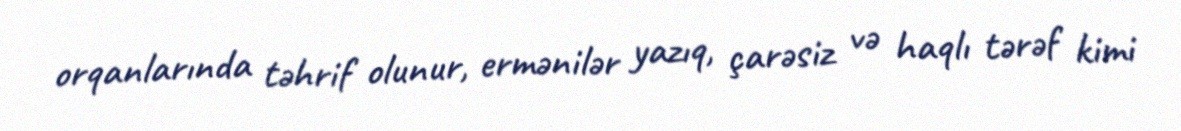
orqanlarında təhrif olunur, ermənilər yazıq, çarəsiz və haqlı tərəf kimi